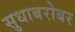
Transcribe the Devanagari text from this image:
सुधाबरोबर